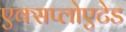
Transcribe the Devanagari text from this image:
एक्सप्लोएटेड